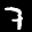
Label: 7